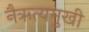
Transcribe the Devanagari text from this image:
नैऋत्यमुखी